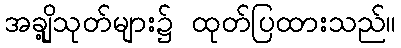
အချို့သုတ်များ၌ ထုတ်ပြထားသည်။